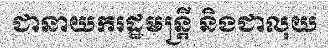
ជានាយករដ្ឋមន្ត្រី និងជាលុយ